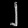
Digit: ၂